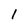
Character: 1